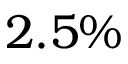
2 . 5 \%